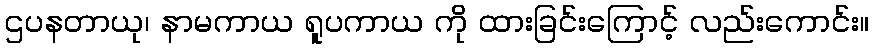
ဌပနတာယု၊ နာမကာယ ရူပကာယ ကို ထားခြင်းကြောင့် လည်းကောင်း။